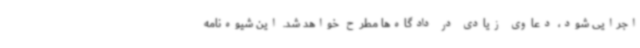
اجرایی شود، دعاوی زیادی در دادگاه‌ها مطرح خواهد شد. این شیوه‌نامه